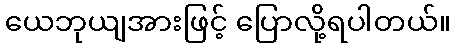
ယေဘုယျအားဖြင့် ပြောလို့ရပါတယ်။